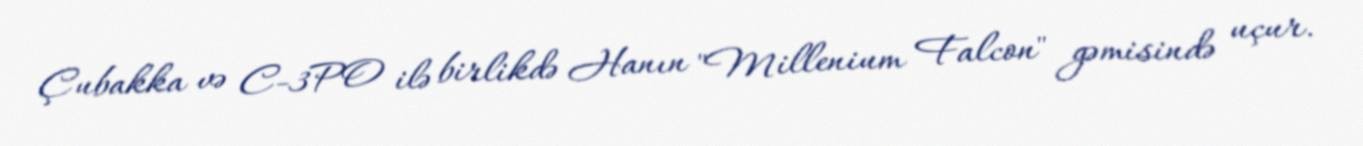
Çubakka və C-3PO ilə birlikdə Hanın "Millenium Falcon" gəmisində uçur.